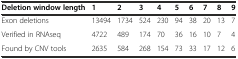
<table><thead><tr><td><b>Deletion window length</b></td><td><b>1</b></td><td><b>2</b></td><td><b>3</b></td><td><b>4</b></td><td><b>5</b></td><td><b>6</b></td><td><b>7</b></td><td><b>8</b></td><td><b>9</b></td></tr></thead><tbody><tr><td>Exon deletions</td><td>13494</td><td>1734</td><td>524</td><td>230</td><td>94</td><td>38</td><td>20</td><td>13</td><td>7</td></tr><tr><td>Verified in RNAseq</td><td>4722</td><td>489</td><td>174</td><td>70</td><td>36</td><td>16</td><td>10</td><td>7</td><td>4</td></tr><tr><td>Found by CNV tools</td><td>2635</td><td>584</td><td>268</td><td>154</td><td>73</td><td>33</td><td>17</td><td>12</td><td>6</td></tr></tbody></table>